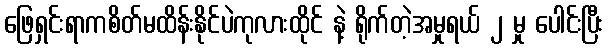
ဖြေရှင်းရာကစိတ်မထိန်းနိုင်ပဲကုလားထိုင် နဲ့ ရိုက်တဲ့အမှုရယ် ၂ မှု ပေါင်းပြီး